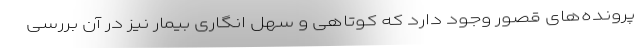
پرونده‌های قصور وجود دارد که کوتاهی و سهل انگاری بیمار نیز در آن بررسی